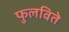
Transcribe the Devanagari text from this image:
फुलविते